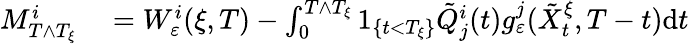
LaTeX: \begin{array}{rl}{M_{T\wedge T_{\xi}}^{i}}&{{}=W_{\varepsilon}^{i}(\xi,T)-\int_{0}^{T\wedge T_{\xi}}1_{\{ t<T_{\xi}\} }\tilde{Q}_{j}^{i}(t)g_{\varepsilon}^{j}(\tilde{X}_{t}^{\xi},T-t)\textrm{d}t}\end{array}